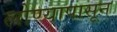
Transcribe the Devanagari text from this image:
लोण्यापासून